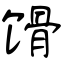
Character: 馉